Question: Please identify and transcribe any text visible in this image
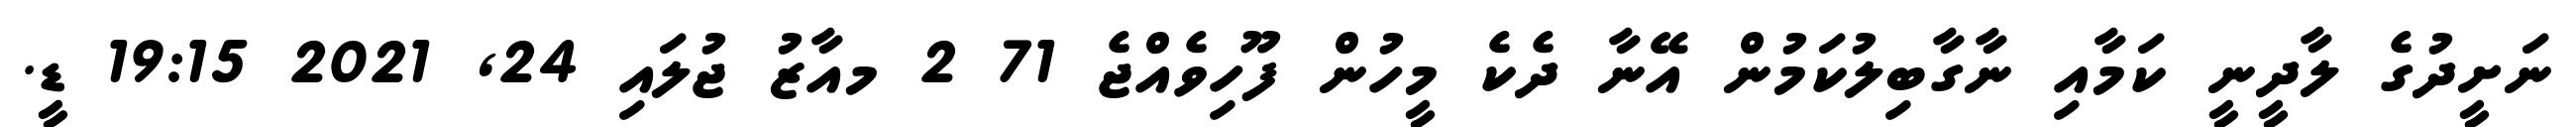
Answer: ނަށީދުގެ ލާދީނީ ކަމާއި ނާގާބިލުކަމުން އޭނާ ދެކެ މީހުން ފޫހިވެއްޖެ 71 2 މއާޒު ޖުލައި 24, 2021 19:15 ޑީ.